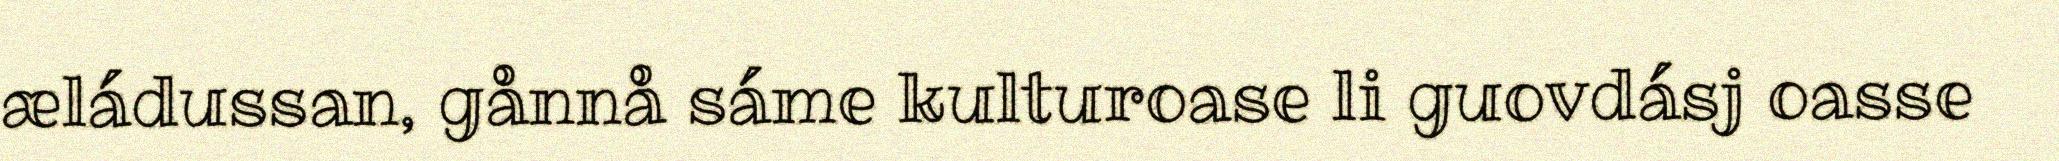
æládussan, gånnå sáme kulturoase li guovdásj oasse